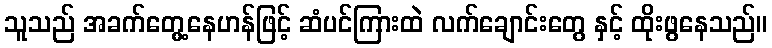
သူသည် အခက်တွေ့နေဟန်ဖြင့် ဆံပင်ကြားထဲ လက်ချောင်းတွေ နှင့် ထိုးဖွနေသည်။